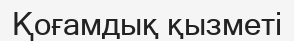
Қоғамдық қызметі